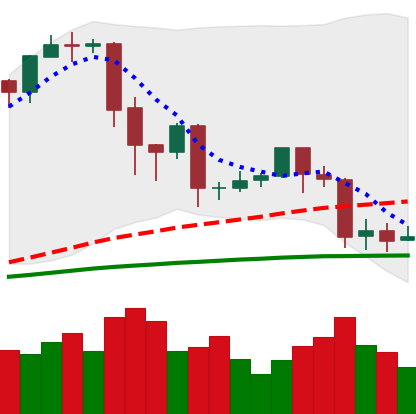
Ticker: EOS-USD
Chart end date: 2020-02-29
Forward return: 6.633%
Label: up_5_7